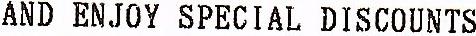
AND ENJOY SPECIAL DISCOUNTS